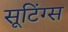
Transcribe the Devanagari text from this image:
सूटिंग्स